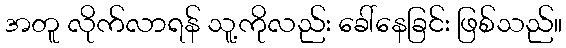
အတူ လိုက်လာရန် သူ့ကိုလည်း ခေါ်နေခြင်း ဖြစ်သည်။